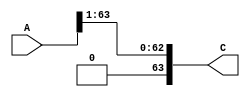
`timescale 10ns/10ns
module shiftRight1 (A, C);
	input [63:0] A;
	output reg [63:0] C;
	
	always @(*) begin
	C= A >> 1; 
	end
endmodule